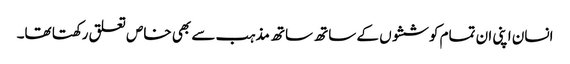
انسان اپنی ان تمام کوششوں کے ساتھ ساتھ مذہب سے بھی خاص تعلق رکھتا تھا۔